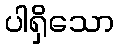
ပါရှိသော